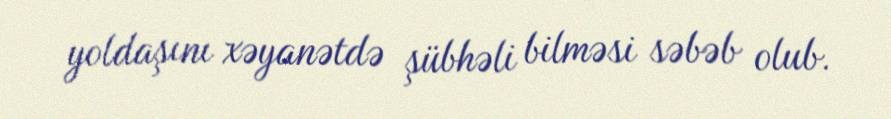
yoldaşını xəyanətdə şübhəli bilməsi səbəb olub.